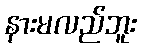
နားမလည်ဘူး